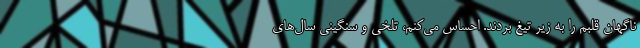
ناگهان قلبم را به زیر تیغ بردند. احساس می‌کنم، تلخی و سنگینی سال‌های